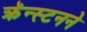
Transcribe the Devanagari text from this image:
क्रॅन्स्टनने